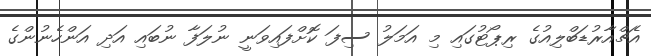
އެޗްއާރުޑަބްލިއުގެ ރިޕޯޓުގައި މި އަމަލު ސިފަ ކޮށްފައިވަނީ ނުލަފާ ނުބައި އަދި އަންހެނުންގެ